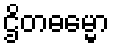
ဌိတဓမ္မော